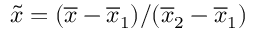
\widetilde x = ( \overline { { x } } - \overline { { x } } _ { 1 } ) / ( \overline { { x } } _ { 2 } - \overline { { x } } _ { 1 } )